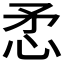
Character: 𢘅